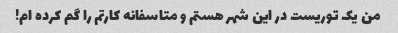
من یک توریست در این شهر هستم و متاسفانه کارتم را گم کرده ام!